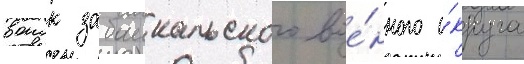
воиск забаикальского вое́нного о́круга